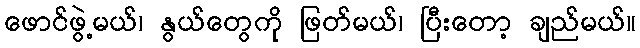
ဖောင်ဖွဲ့မယ်၊ နွယ်တွေကို ဖြတ်မယ်၊ ပြီးတော့ ချည်မယ်။